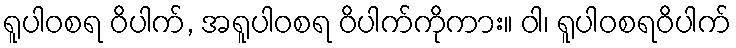
ရူပါဝစရ ဝိပါက်, အရူပါဝစရ ဝိပါက်ကိုကား။ ဝါ၊ ရူပါဝစရဝိပါက်